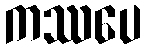
ကဿပေ